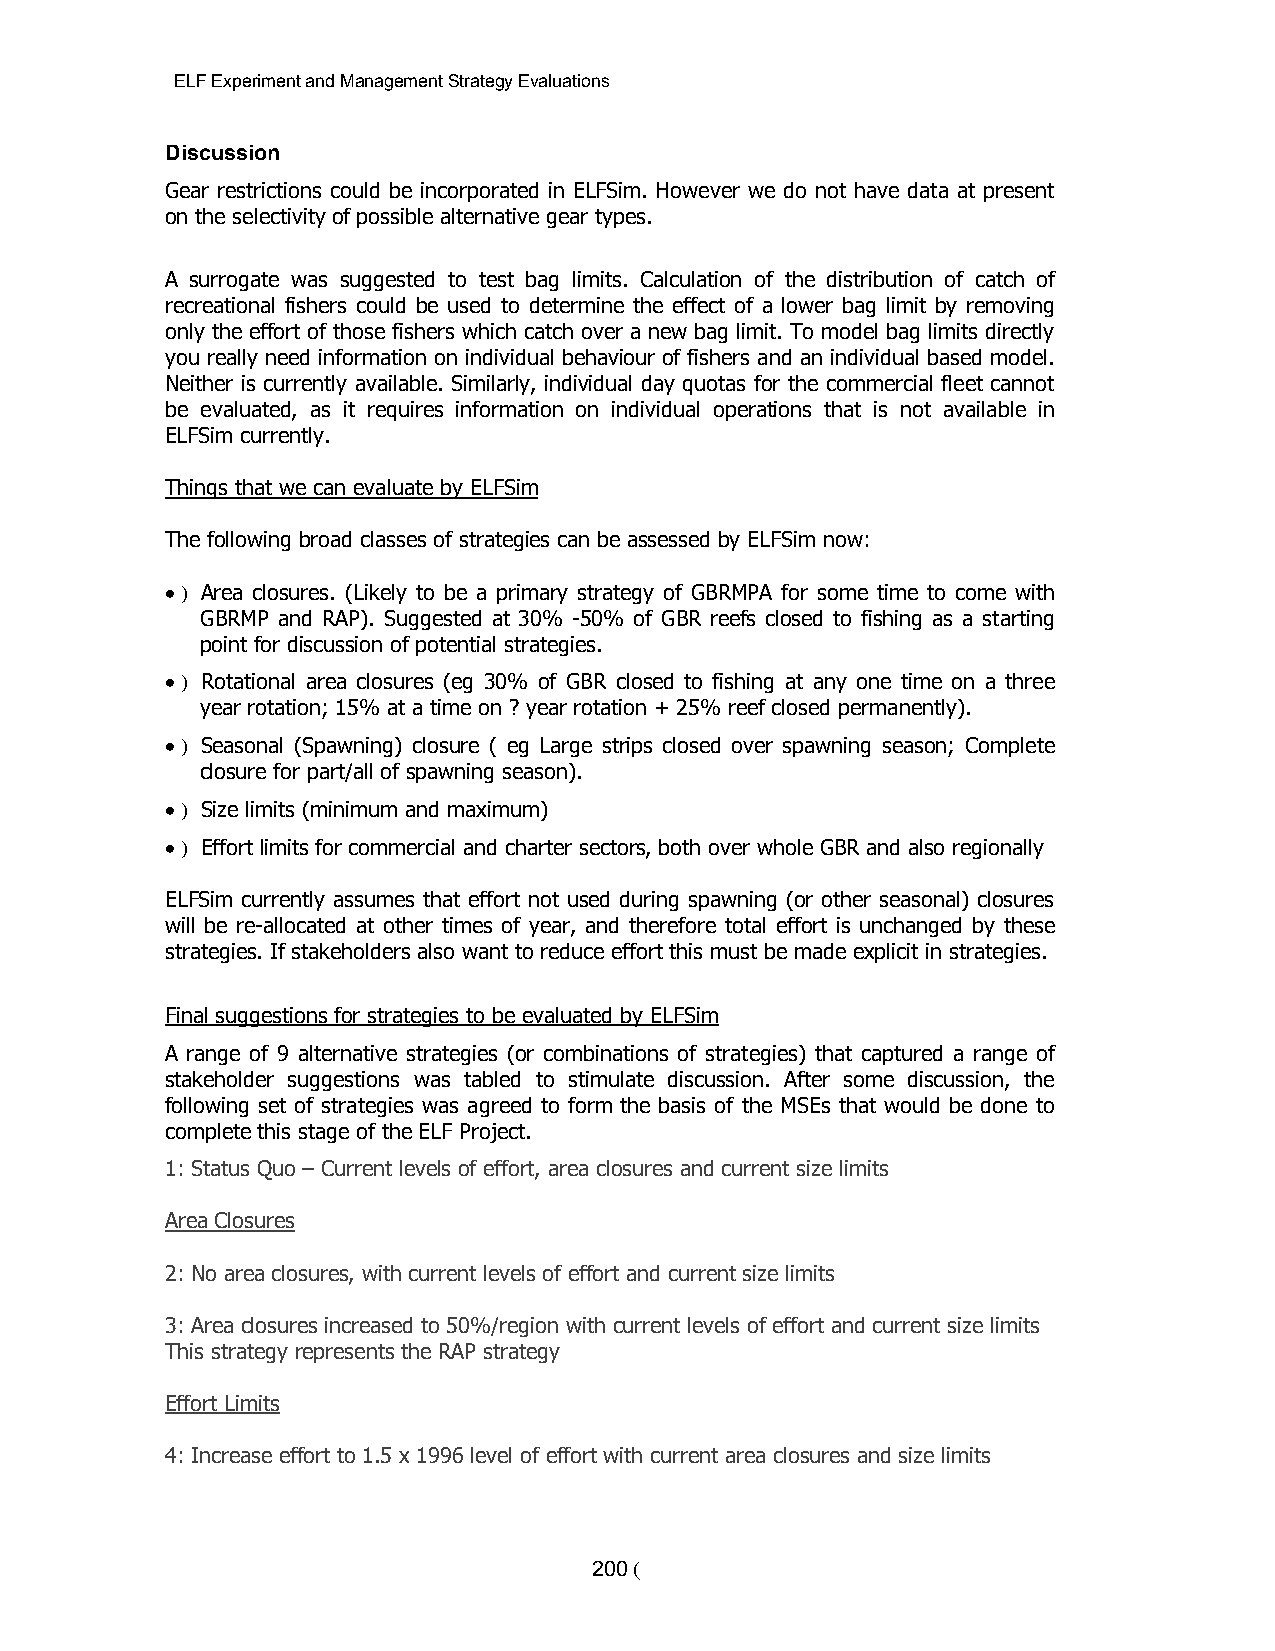
ELF Experiment and Management Strategy Evaluations
 Discussion
 Gear restrictions could be incorporated in ELFSim. However we do not have data at present
 on the selectivity of possible alternative gear types.
 A surrogate was suggested to test bag limits. Calculation of the distribution of catch of
 recreational fishers could be used to determine the effect of a lower bag limit by removing
 only the effort of those fishers which catch over a new bag limit. To model bag limits directly
 you really need information on individual behaviour of fishers and an individual based model.
 Neither is currently available. Similarly, individual day quotas for the commercial fleet cannot
 be evaluated, as it requires information on individual operations that is not available in
 ELFSim currently.
 Things that we can evaluate by ELFSim
 The following broad classes of strategies can be assessed by ELFSim now:
 > ) Area closures. (Likely to be a primary strategy of GBRMPA for some time to come with
 GBRMP and RAP). Suggested at 30% -50% of GBR reefs closed to fishing as a starting
 point for discussion of potential strategies.
 > ) Rotational area closures (eg 30% of GBR closed to fishing at any one time on a three
 year rotation; 15% at a time on ? year rotation + 25% reef closed permanently).
 > ) Seasonal (Spawning) closure ( eg Large strips closed over spawning season; Complete
 closure for part/all of spawning season).
 > ) Size limits (minimum and maximum)
 > ) Effort limits for commercial and charter sectors, both over whole GBR and also regionally
 ELFSim currently assumes that effort not used during spawning (or other seasonal) closures
 will be re-allocated at other times of year, and therefore total effort is unchanged by these
 strategies. If stakeholders also want to reduce effort this must be made explicit in strategies.
 Final suggestions for strategies to be evaluated by ELFSim
 A range of 9 alternative strategies (or combinations of strategies) that captured a range of
 stakeholder suggestions was tabled to stimulate discussion. After some discussion, the
 following set of strategies was agreed to form the basis of the MSEs that would be done to
 complete this stage of the ELF Project.
 1: Status Quo – Current levels of effort, area closures and current size limits
 Area Closures
 2: No area closures, with current levels of effort and current size limits
 3: Area closures increased to 50%/region with current levels of effort and current size limits
 This strategy represents the RAP strategy
 Effort Limits
 4: Increase effort to 1.5 x 1996 level of effort with current area closures and size limits
 200 (